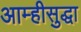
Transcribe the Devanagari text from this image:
आम्हीसुद्धा